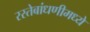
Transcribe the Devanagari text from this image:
रस्तेबांधणीमध्ये